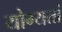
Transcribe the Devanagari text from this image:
योग्यतां